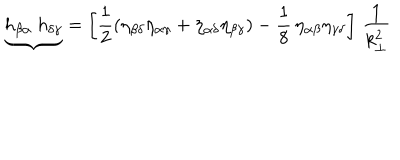
{ \underbrace { h _ { \beta \alpha } ~ h _ { \delta \gamma } } } = \left[ \frac { 1 } { 2 } \left( \eta _ { \beta \delta } \eta _ { \alpha \gamma } + \eta _ { \alpha \delta } \eta _ { \beta \gamma } \right) - \frac { 1 } { 8 } \, \eta _ { \alpha \beta } \eta _ { \gamma \delta } \right] \, \frac { 1 } { k _ { \bot } ^ { 2 } }